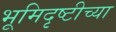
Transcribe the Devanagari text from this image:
भूमिदृष्टीच्या